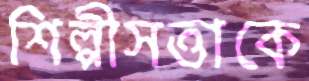
শিল্পীসত্তাকে